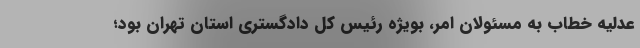
عدلیه خطاب به مسئولان امر، بویژه رئیس کل دادگستری استان تهران بود؛